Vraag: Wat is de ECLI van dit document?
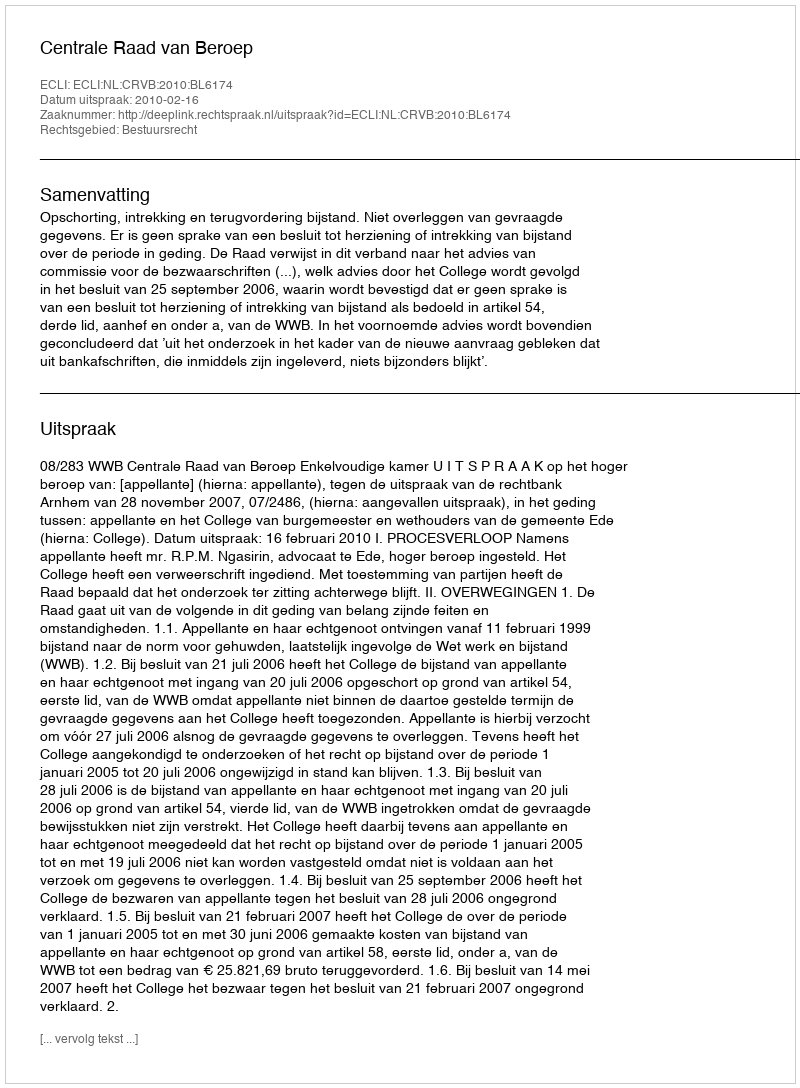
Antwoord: ECLI:NL:CRVB:2010:BL6174